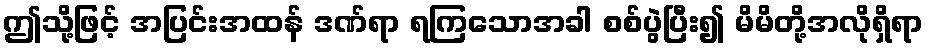
ဤသို့ဖြင့် အပြင်းအထန် ဒဏ်ရာ ရကြသောအခါ စစ်ပွဲပြီး၍ မိမိတို့အလိုရှိရာ